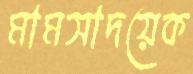
মামসাদয়েক